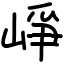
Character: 崢